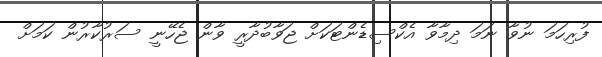
ފުރިހަމަ ނުވާ ނަމަ ދިމާވާ އެކްސިޑެންޓަކަށް ޖަވާބުދާރީ ވާން ޖެހޭނީ ސަރުކާރުން ކަމަށް